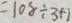
= 1 0 8 \div 3 + 1